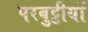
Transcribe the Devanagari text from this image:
परबुट्टीयों